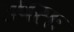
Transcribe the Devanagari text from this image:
उषसः